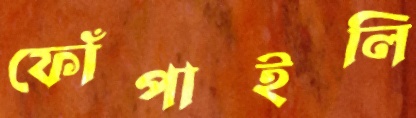
ফোঁপাইলি